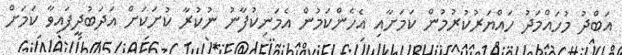
އަބްދު މުހައްމަދު ހައްޔަރުކުރުމުން ކަމަށާއި އެހެންކަމުން އެމަނިކުފާނު ނުކުރާ ކުށަކަށް އަދަބުދީފައިވާ ކަމަށް